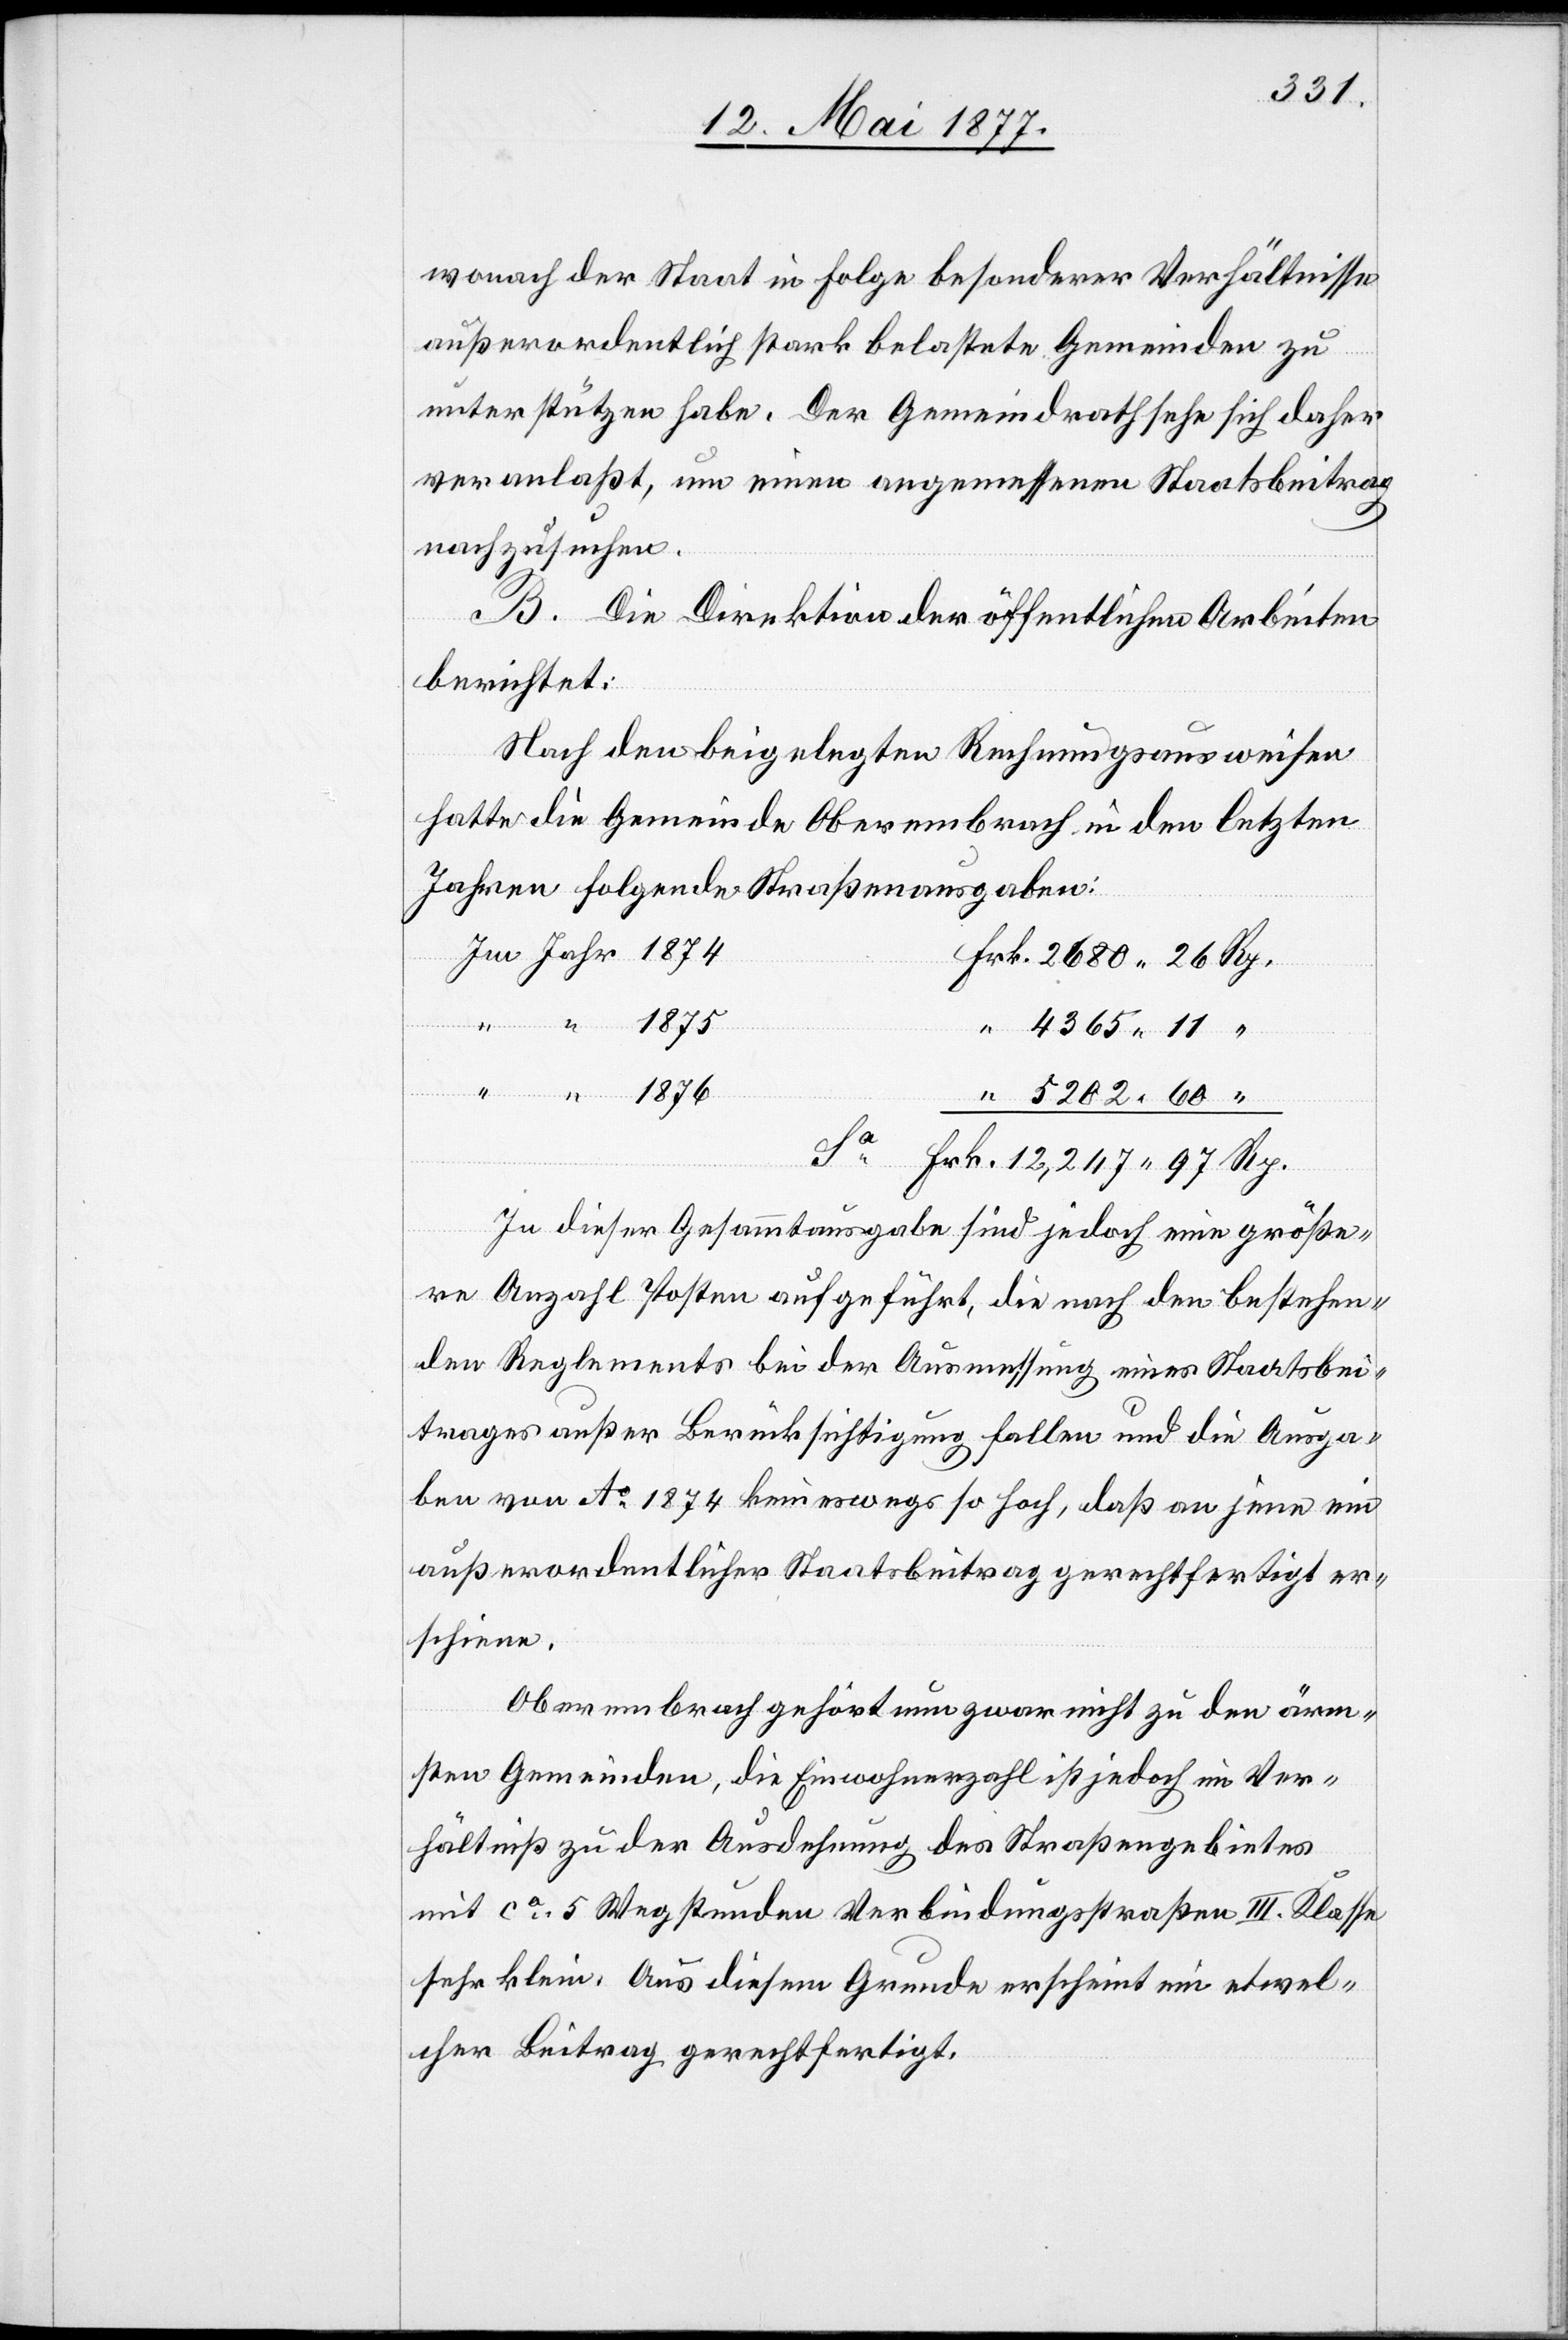
wonach der Staat in Folge besonderer Verhältnisse
außerordentlich stark belastete Gemeinden zu
unterstützen habe. Der Gemeindrath sehe sich daher
veranlaßt, um einen angemessenen Staatsbeitrag
nachzusuchen.
B. Die Direktion der öffentlichen Arbeiten
berichtet:
Nach den beigelegten Rechnungsausweisen
hatte die Gemeinde Oberembrach in den letzten
Jahren folgende Straßenausgaben:
Frk.
In dieser Gesammtausgabe sind jedoch eine größe¬
re Anzahl Posten aufgeführt, die nach den bestehen¬
de Reglements bei der Ausmessung eines Staatsbei¬
trages außer Berücksichtigung fallen und die Ausga¬
ben von Ao 1874 keineswegs so hoch, daß an jene ein
außerordentlicher Staatsbeitrag gerechtfertigt er¬
scheine.
Oberembrach gehört zwar nicht zu den ärm¬
sten Gemeinde, die Einwohnerzahl ist jedoch im Ver¬
hältniß zu der Ausdehnung des Straßengebietes
mit ca 5 Wegstunden Verbindungsstraßen III. Klasse
sehr klein. Aus diesem Grunde erscheint ein etwel¬
cher Beitrag gerechtfertigt.